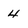
Character: 4